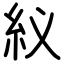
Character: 紁